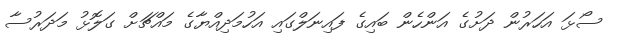
ސޯޅަ އަހަރުން ދަށުގެ އަންހެން ބައިގެ ފައިނަލްގައި އަހުމަދިއްޔާގެ މައްޗަށް ގަލޮޅު މަދަރުސާ